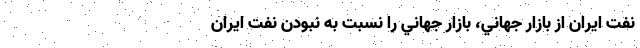
نفت ايران از بازار جهاني، بازار جهاني را نسبت به نبودن نفت ايران